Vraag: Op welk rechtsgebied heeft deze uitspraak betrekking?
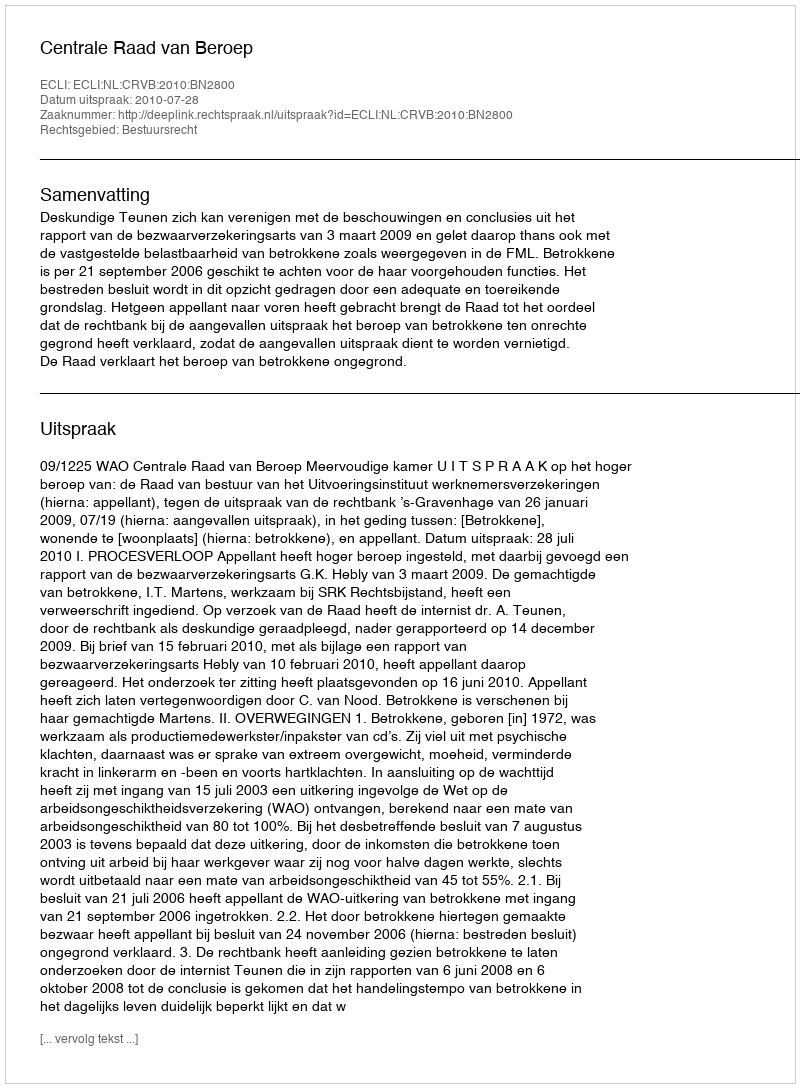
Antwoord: Bestuursrecht